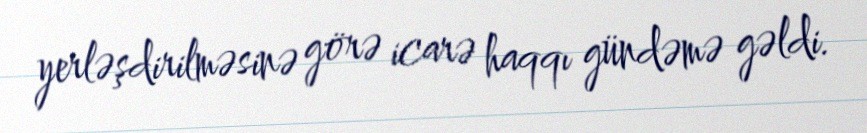
yerləşdirilməsinə görə icarə haqqı gündəmə gəldi.